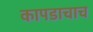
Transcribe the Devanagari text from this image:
कापडाचाच